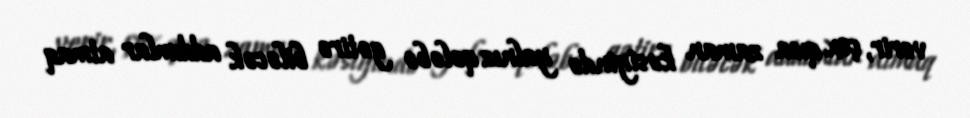
verir, çox qısa zaman kəsiyində yalnız qələbə gətirə biləcək addımlar atmaq